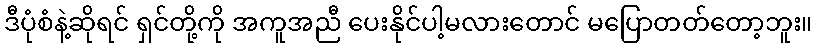
ဒီပုံစံနဲ့ဆိုရင် ရှင်တို့ကို အကူအညီ ပေးနိုင်ပါ့မလားတောင် မပြောတတ်တော့ဘူး။